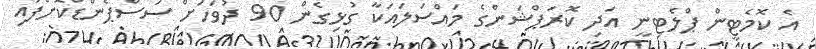
އެ ކޮމެޓީން ޕްލެޓިނީ އަދި ކޮރަޕްޝަންގެ މައްސަލައަކާ ގުޅިގެން 90 ދުވަހަށް ސަސްޕެންޑްކޮށްފައި